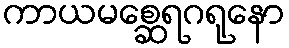
ကာယမစ္ဆေရဂရုနော